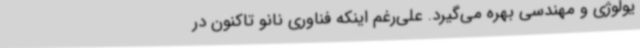
یولوژی و مهندسی بهره می‌گیرد. علی‌رغم اینکه فناوری نانو تاکنون در